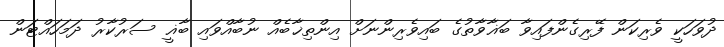
ދުވަހަކީ ވެރިކަން ފޭރިގެންފައިވާ ބަޣާވާތުގެ ބައިވެރިންނަށް އިންތިޚާބެއް ނުބާއްވައި ބާޣީ ސަރުކާރު ދަމަހައްޓަން